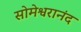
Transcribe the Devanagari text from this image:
सोमेश्वरानंद